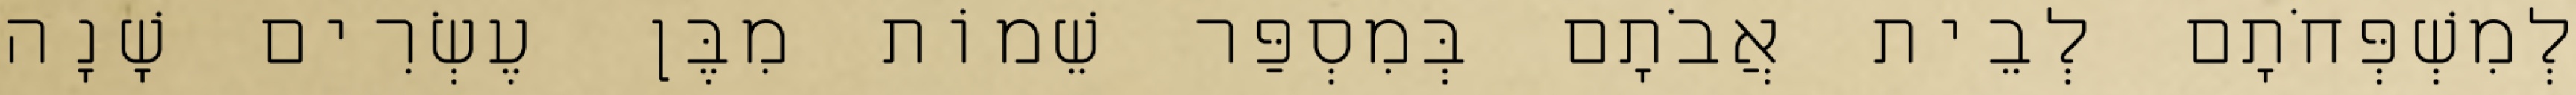
לְמִשְׁפְּחֹתָם לְבֵית אֲבֹתָם בְּמִסְפַּר שֵׁמוֹת מִבֶּן עֶשְׂרִים שָׁנָה